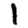
Digit: 1